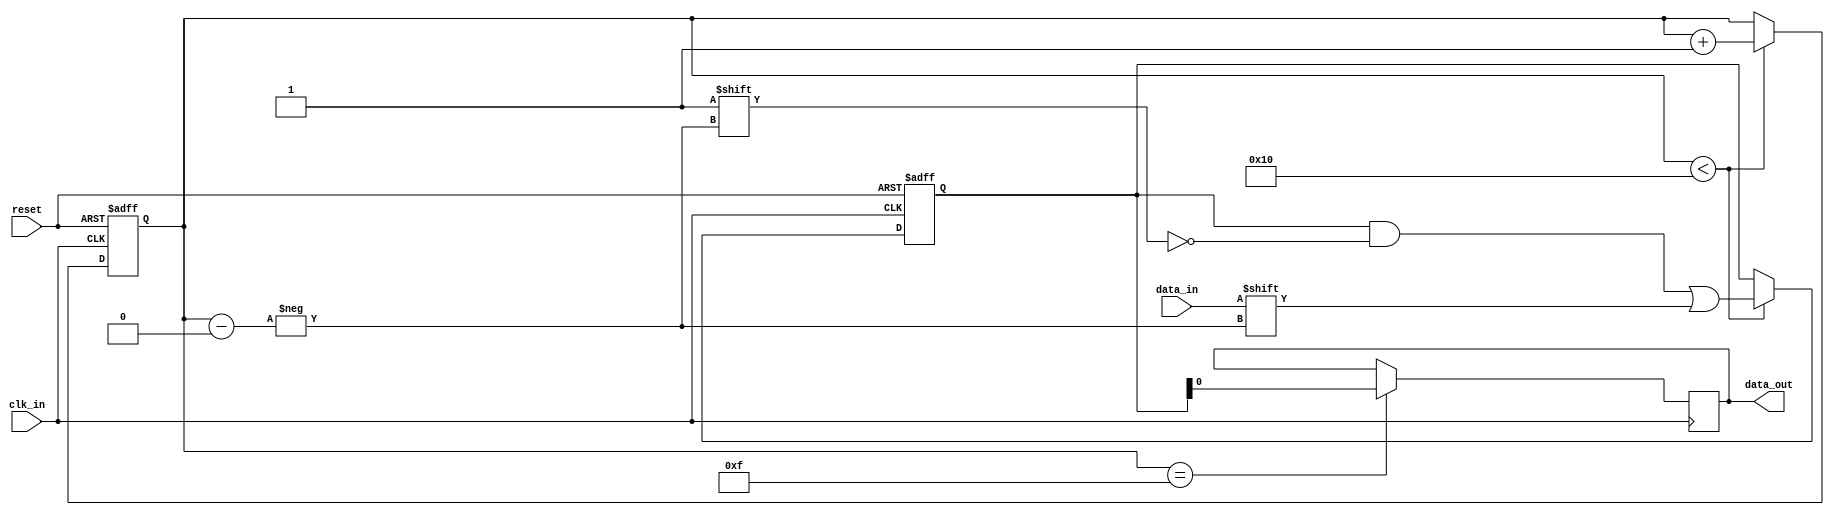
module Almost_Full_FIFO (
    input wire clk_in,
    input wire reset,
    input wire data_in,
    output reg data_out
);

// Parameters
parameter FIFO_DEPTH = 16;

// Internal signals
reg [FIFO_DEPTH-1:0] fifo_buffer;
reg [FIFO_DEPTH-1:0] fifo_count;

// Synchronous FIFO logic
always @(posedge clk_in or posedge reset) begin
    if (reset) begin
        fifo_buffer <= 0;
        fifo_count <= 0;
    end else begin
        if (fifo_count < FIFO_DEPTH) begin
            fifo_buffer[fifo_count] <= data_in;
            fifo_count <= fifo_count + 1;
        end
    end
end

// Output data logic
always @(posedge clk_in) begin
    if (fifo_count == FIFO_DEPTH-1) begin
        data_out <= fifo_buffer[0];
    end
end

endmodule